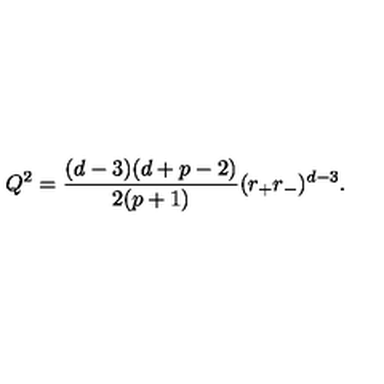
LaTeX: Q ^ { 2 } = \frac { ( d - 3 ) ( d + p - 2 ) } { 2 ( p + 1 ) } ( r _ { + } r _ { - } ) ^ { d - 3 } .